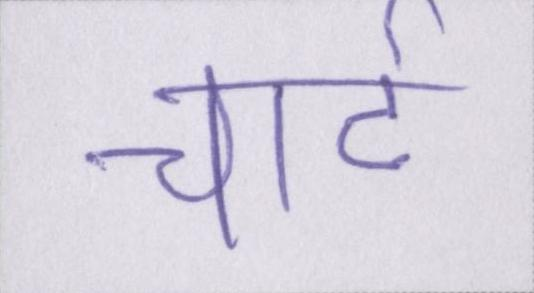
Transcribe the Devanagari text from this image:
चार्ट